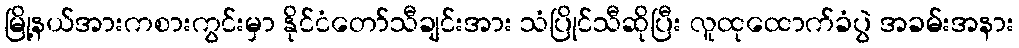
မြို့နယ်အားကစားကွင်းမှာ နိုင်ငံတော်သီချင်းအား သံပြိုင်သီဆိုပြီး လူထုထောက်ခံပွဲ အခမ်းအနား